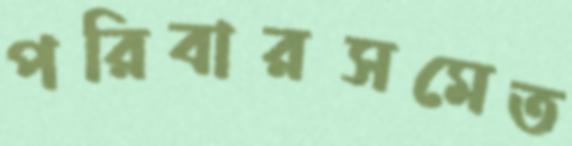
পরিবারসমেত